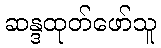
ဆန္ဒထုတ်ဖော်သူ